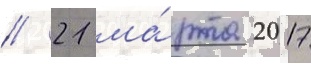
// 21 ма́рта 2017